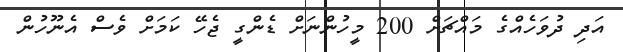
އަދި ދުވަހެއްގެ މައްޗަށް 200 މީހުންނަށް ޑެންގީ ޖެހޭ ކަމަށް ވެސް އެނޫހުން